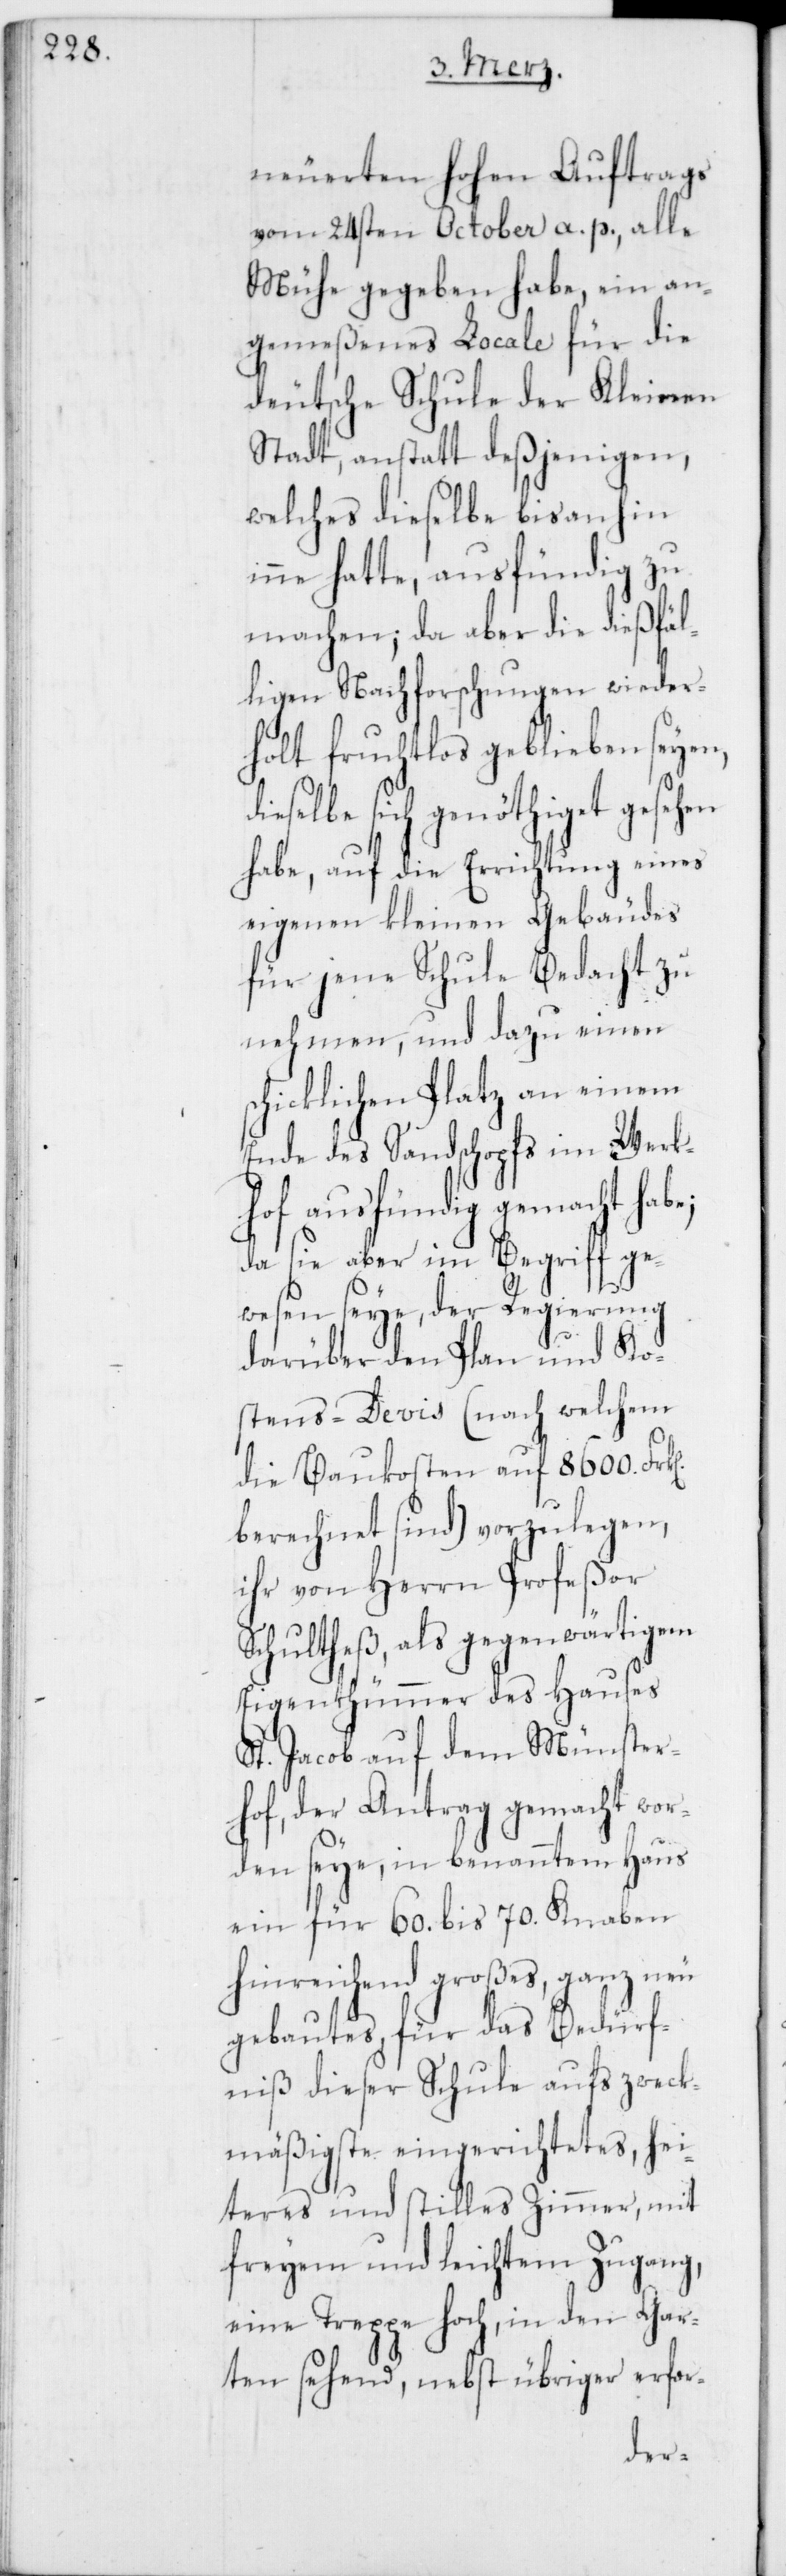
neuereten Hohen Auftrags
vom 24sten October a. p., alle
Mühe gegeben habe, ein an¬
gemeßenes Locale für die
deutsche Schule der Kleinen
Stadt, anstatt deßjenigen,
welches dieselbe bis anhin
inne hatte, ausfündig zu
machen; da aber die dießfäl¬
ligen Nachforschungen wieder¬
holt fruchtlos geblieben seyen,
elbe sich genöthiget gesehen
habe, auf die Errichtung eines
eigenen kleinen Gebäudes
für jene Schule Bedacht zu
nehmen, und dazu einen
schicklichen Platz an einem
Ende des Sandschopfs im Werk¬
hof ausfündig gemacht habe;
da sie aber im Begriff ge¬
wesen seye, der Regierung
darüber den Plan und Ko¬
stens-Devis (nach welchem
die Baukosten auf 8600.
berechnet sind) vorzulegen,
ihr von Herrn Profeßor
Schultheß, als gegenwärtigem
Eigenthümmer des Hauses
St. Jacob auf dem Münster¬
hof, der Antrag gemacht wor¬
den seye, in benanntem Haus
ein für 60. bis 70. Knaben
hinreichend großes, ganz neu
gebautes, für das Bedürf¬
niß dieser Schule aufs zweck¬
mäßigste eingerichtetes, hei¬
teres und stilles Zimmer, mit
freyem und leichtem Zugang,
eine Treppe hoch, in den Gar¬
ten sehend, nebst übriger erfor-
dies¬